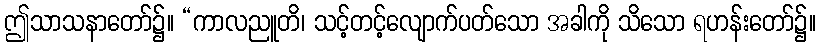
ဤသာသနာတော်၌။ “ကာလညူတိ၊ သင့်တင့်လျောက်ပတ်သော အခါကို သိသော ရဟန်းတော်၌။